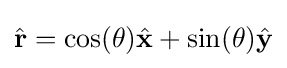
{\hat {\mathbf {r} }}=\cos(\theta ){\hat {\mathbf {x} }}+\sin(\theta ){\hat {\mathbf {y} }}